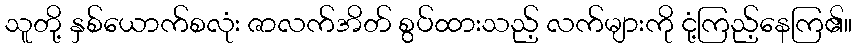
သူတို့ နှစ်ယောက်စလုံး ဇာလက်အိတ် စွပ်ထားသည့် လက်များကို ငုံ့ကြည့်နေကြ၏။